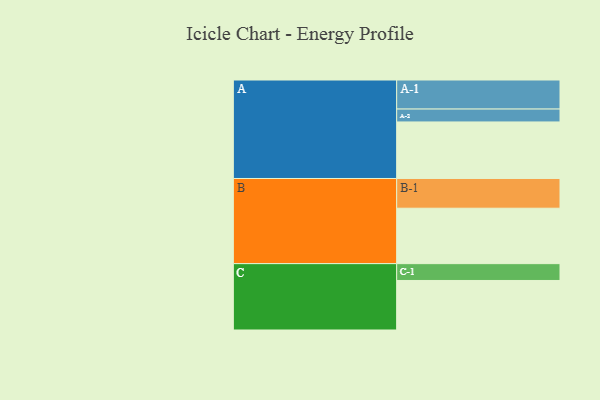
{"axis": {"x": "Segment", "y": "Value"}, "legend": ["", "A", "B", "C"], "data": [{"x": "A", "y": 403, "type": ""}, {"x": "B", "y": 395, "type": ""}, {"x": "C", "y": 353, "type": ""}, {"x": "A-1", "y": 207, "type": "A"}, {"x": "A-2", "y": 92, "type": "A"}, {"x": "B-1", "y": 212, "type": "B"}, {"x": "C-1", "y": 120, "type": "C"}]}